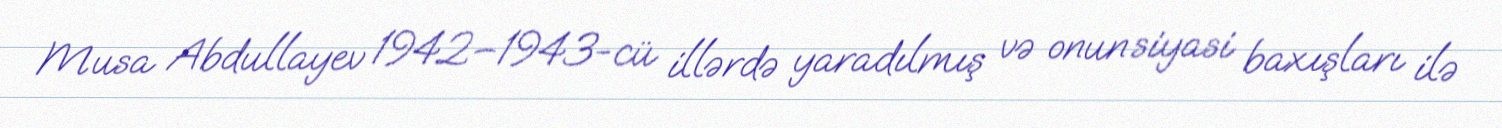
Musa Abdullayev 1942–1943-cü illərdə yaradılmış və onun siyasi baxışları ilə